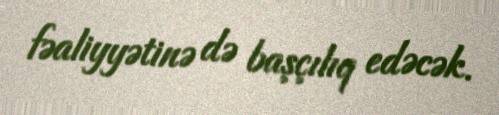
fəaliyyətinə də başçılıq edəcək.